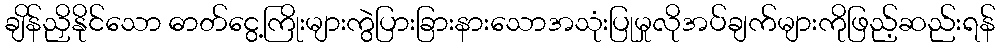
ချိန်ညှိနိုင်သော ဓာတ်ငွေ့ကြိုးများကွဲပြားခြားနားသောအသုံးပြုမှုလိုအပ်ချက်များကိုဖြည့်ဆည်းရန်